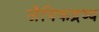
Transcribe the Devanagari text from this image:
जैविकद्रव्य